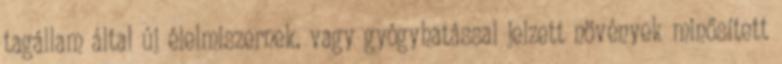
tagállam által új élelmiszernek, vagy gyógyhatással jelzett növények minősített